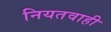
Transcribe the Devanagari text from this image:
नियतवाही